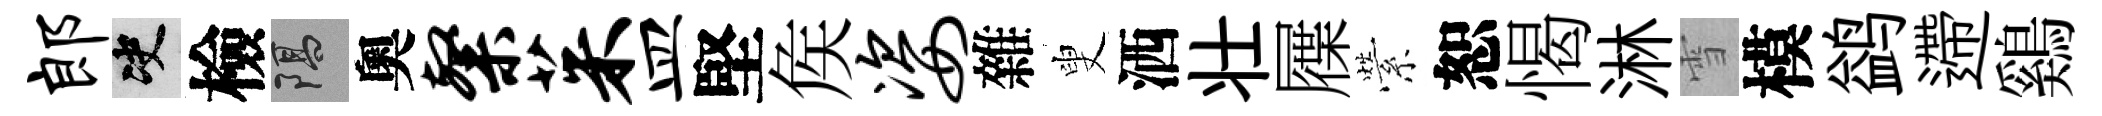
郎决檢隔奧粲茱皿堅矦姿雜叟洒壮屧縈恕愒淋雪模鹢遰鷄